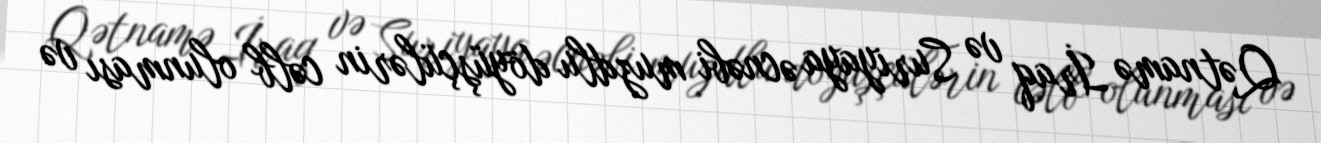
Qətnamə İraq və Suriyaya əcnəbi muzdlu döyüşçülərin cəlb olunması və